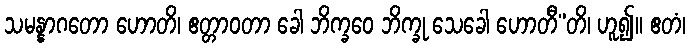
သမန္နာဂတော ဟောတိ၊ ဧတ္တာဝတာ ခေါ ဘိက္ခဝေ ဘိက္ခု သေခေါ ဟောတီ”တိ၊ ဟူ၍။ ဧတံ၊